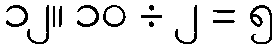
၁၂။ ၁၀ ÷ ၂ = ၅